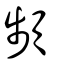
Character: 頻